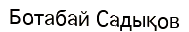
Ботабай Садықов